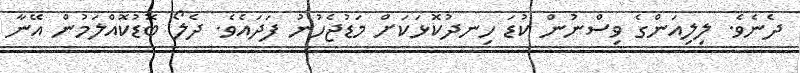
ދެނެވެ. ލިލިއަންގެ ވިސްނުން ކުޑަ ހިނދުކޮޅަކަށް މަޑުޖެހުނު ފަދައެވެ. ދެލޯ ބޮޑުކޮއްލަމުން އޭނާ